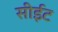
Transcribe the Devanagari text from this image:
सीईट